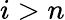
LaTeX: i>n